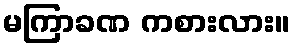
မကြာခဏ ကစားလား။